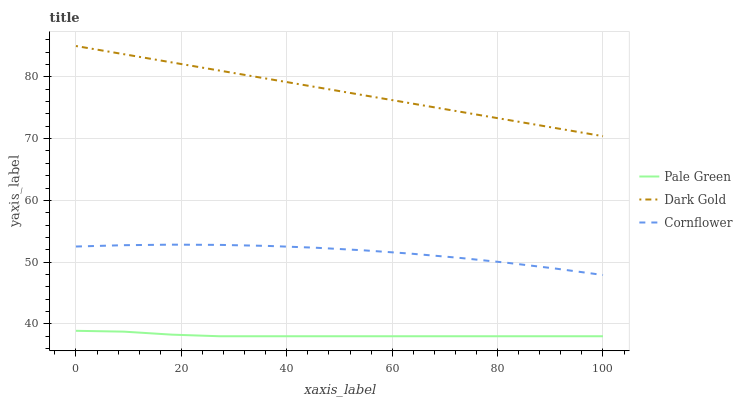
| xaxis_label | Pale Green | Dark Gold | Cornflower |
 | --- | --- | --- | --- |
 | 0 | 38.9 | 85 | 52.5 |
 | 9.09 | 38.7 | 83.7 | 52.7 |
 | 18.2 | 38.3 | 82.3 | 52.8 |
 | 27.3 | 38 | 81 | 52.8 |
 | 36.4 | 38 | 79.7 | 52.6 |
 | 45.5 | 38 | 78.4 | 52.3 |
 | 54.5 | 38 | 77 | 51.9 |
 | 63.6 | 38 | 75.7 | 51.4 |
 | 72.7 | 38 | 74.4 | 50.7 |
 | 81.8 | 38 | 73.1 | 49.9 |
 | 90.9 | 38 | 71.7 | 49 |
 | 100 | 38 | 70.4 | 47.9 |